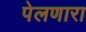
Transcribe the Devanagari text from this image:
पेलणारा